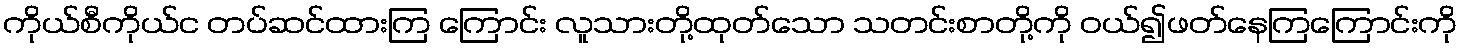
ကိုယ်စီကိုယ်င တပ်ဆင်ထားကြ ကြောင်း လူသားတို့ထုတ်သော သတင်းစာတို့ကို ဝယ်၍ဖတ်နေကြကြောင်းကို